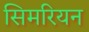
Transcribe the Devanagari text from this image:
सिमरियन